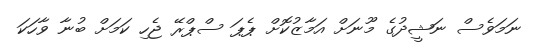
ނަމަވެސް ނަޝީދުގެ މޫނަށް އަމާޒުކޮށް ޕެޕަ ސްޕްރޭ ޖެހި ކަމަށް ބުނާ ވާހަކަ